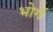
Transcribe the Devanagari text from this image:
भोगें